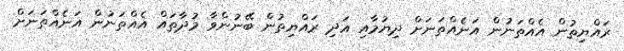
ރައްޔިތުން އެއްތަނުން އަނެއްތަނަށް ދިޔުމާއި އަދި ރައްޔިތުން ބޭނުންވާ މުދާތައް އެއްތަނުން އަނެއްތަނަށް